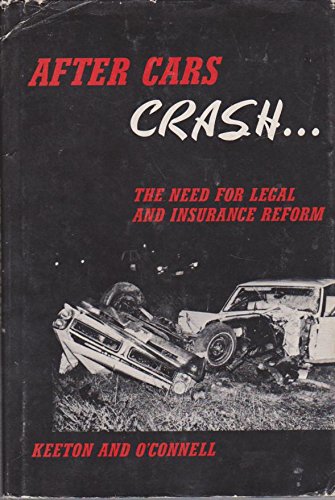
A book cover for After Cars Crash; the Need for Legal and Insurance Reform; Robert E Keeton and Jeffrey O'Connell; Engineering & Transportation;